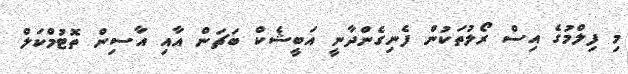
މި ފިލްމުގެ އިސް ރޯލުތަކުން ފެނިގެންދާނީ އަބީޝެކް ބަޗަން އާއި އާސިން ތޮޓުމްކަލް